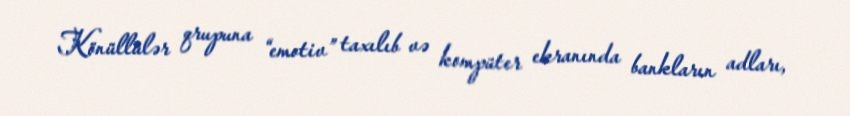
Könüllülər qrupuna “emotiv” taxılıb və kompüter ekranında bankların adları,